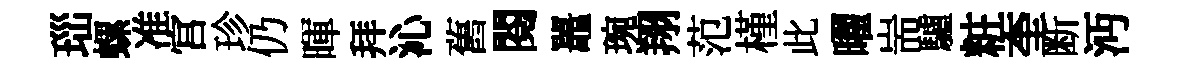
𤤼螺准宫珍仍暉拜沁舊閱鼉琬翔范槿此曜耑驢粧奎断沔